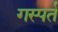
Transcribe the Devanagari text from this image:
गस्पर्त